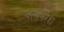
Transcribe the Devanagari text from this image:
वत्सनरेश